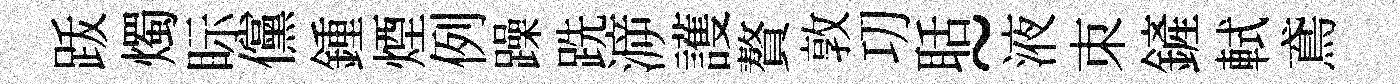
䟦燭眎儻鍾煙例躁跣㴑護贅敦㓛聒~液朿鏟軾鳶